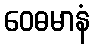
ဝေဓမာနံ